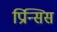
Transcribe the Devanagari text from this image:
प्रिन्सिस